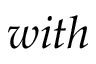
w i t h